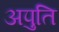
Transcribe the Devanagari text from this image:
अपुति